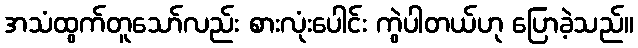
အသံထွက်တူသော်လည်း စားလုံးပေါင်း ကွဲပါတယ်ဟု ပြောခဲ့သည်။